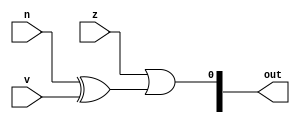
/*
   This file was generated automatically by the Mojo IDE version B1.3.4.
   Do not edit this file directly. Instead edit the original Lucid source.
   This is a temporary file and any changes made to it will be destroyed.
*/

module eightbitCMPLE_15 (
    input z,
    input n,
    input v,
    output reg [7:0] out
  );
  
  
  
  reg [7:0] x;
  
  integer i;
  
  always @* begin
    x[0+0-:1] = z | (n ^ v);
    for (i = 1'h1; i < 4'h8; i = i + 1) begin
      x[(i)*1+0-:1] = 1'h0;
    end
    out = x;
  end
endmodule